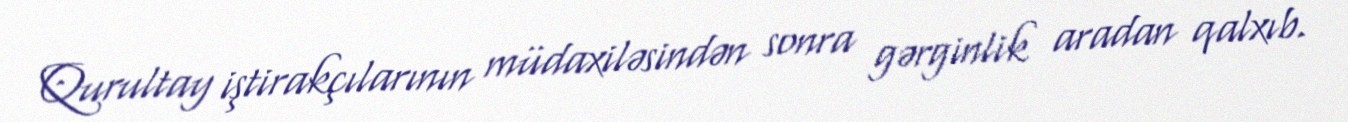
Qurultay iştirakçılarının müdaxiləsindən sonra gərginlik aradan qalxıb.